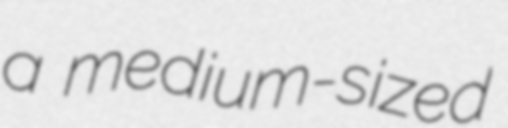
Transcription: a medium-sized